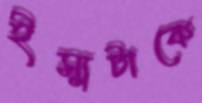
ইস্যুটাকে